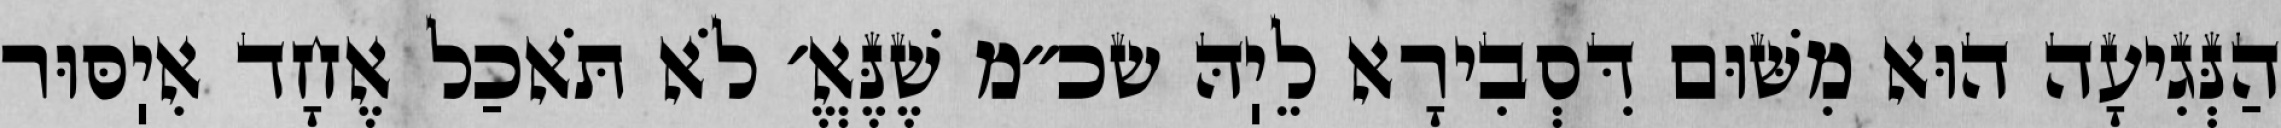
הַנְּגִיעָה הוּא מִשּׁוּם דִּסְבִירָא לֵיֽהּ שכ״מ שֶׁנֶּאֱ׳ לֹא תֹּאכַל אֶחָד אִיֽסּוּר